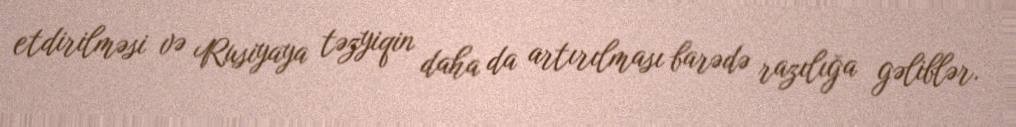
etdirilməsi və Rusiyaya təzyiqin daha da artırılması barədə razılığa gəliblər.